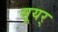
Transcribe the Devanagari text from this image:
सूयर्